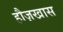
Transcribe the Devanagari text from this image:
हौज़खास